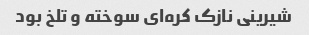
شیرینی نازک کره‌ای سوخته و تلخ بود